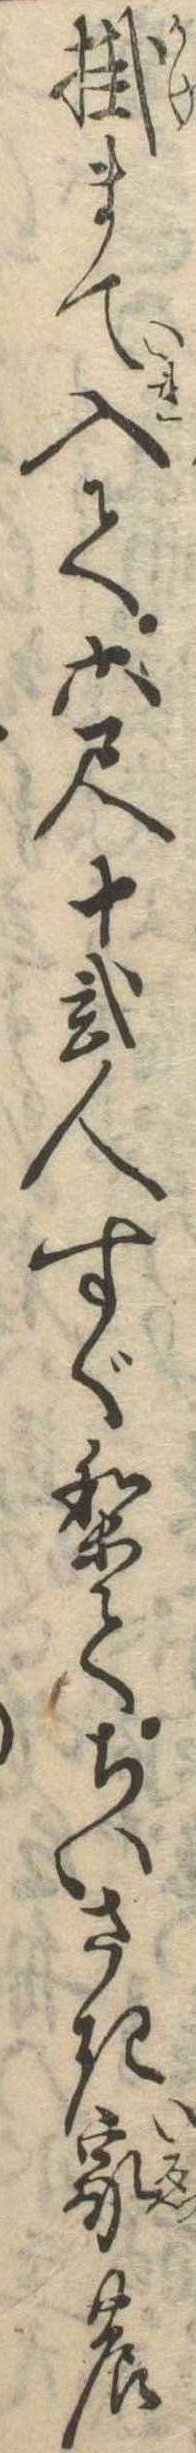
掛まて入て六尺十弐人すぐりてちいさき家の